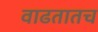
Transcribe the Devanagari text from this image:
वाढतातच